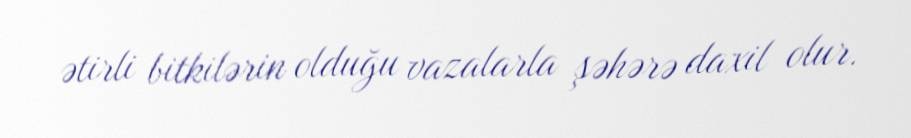
ətirli bitkilərin olduğu vazalarla şəhərə daxil olur.